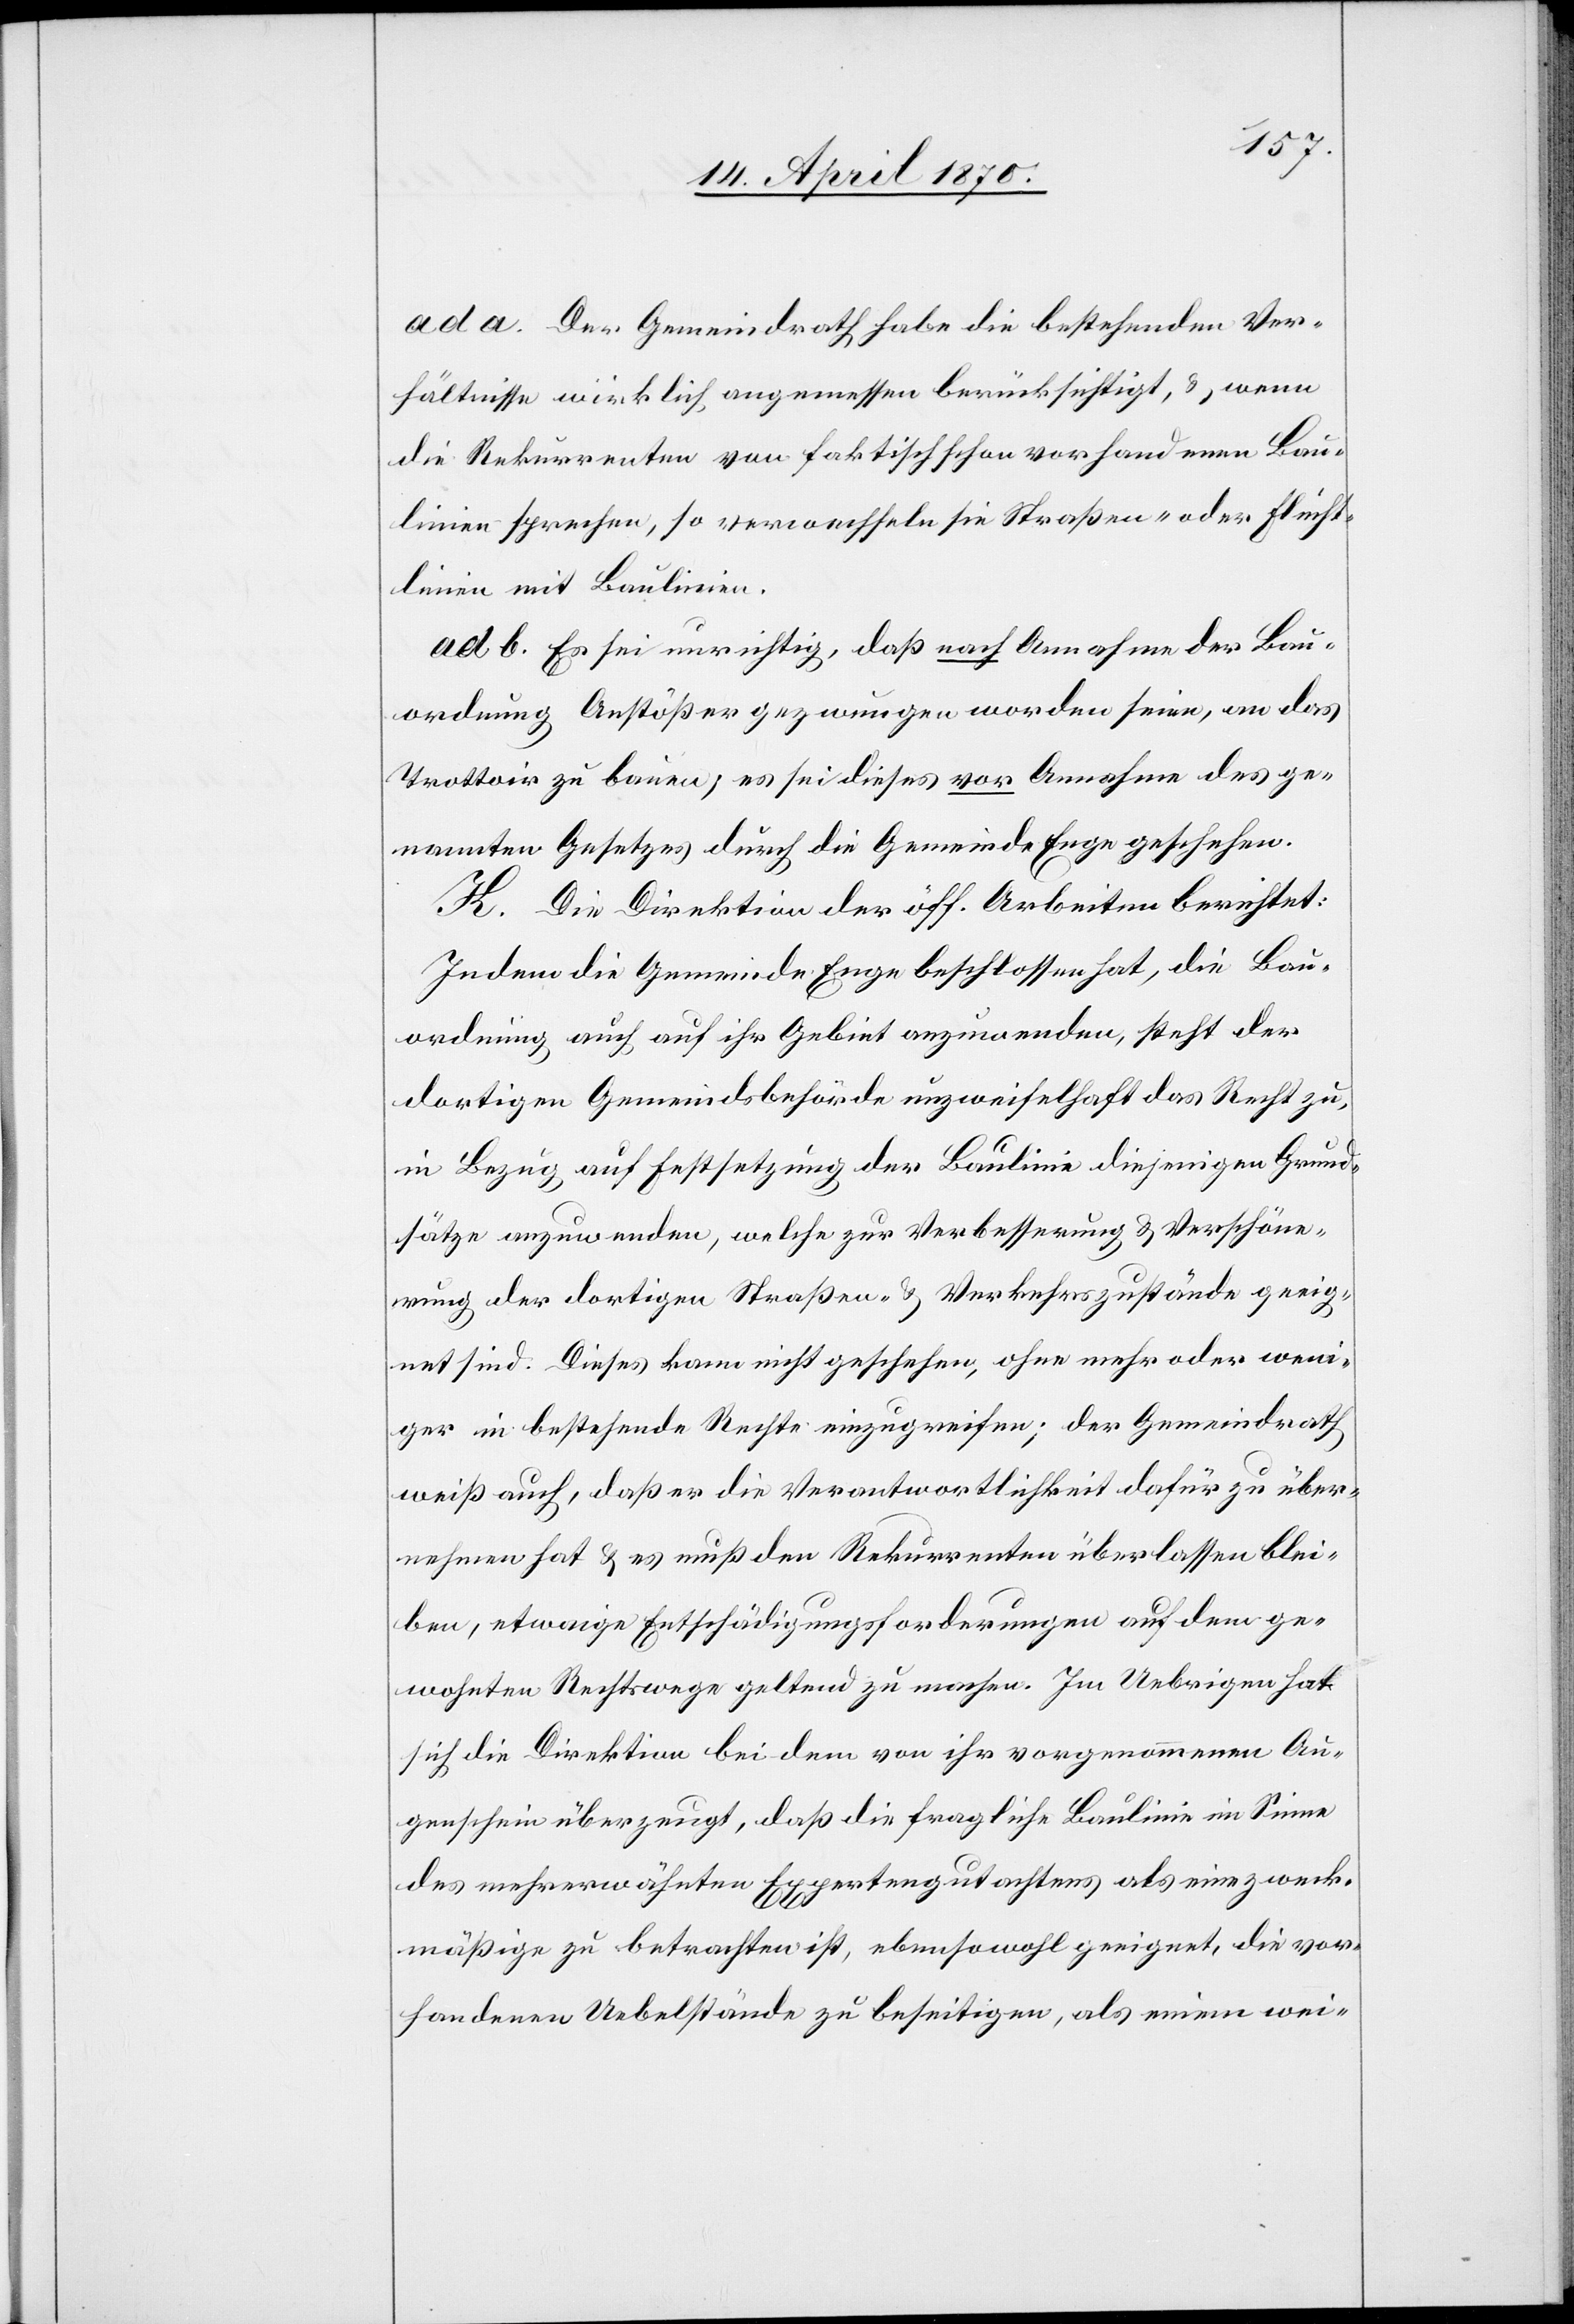
ad a. Der Gemeindrath habe die bestehenden Ver¬
hältnisse wirklich angemessen berücksichtigt, & wenn
die Rekurrenten von faktisch schon vorhandenen Bau¬
linien sprechen, so verwechseln sie Straßen- oder Flucht¬
linien mit Baulinien.
ad b. Es sei unrichtig, daß nach Annahme der Bau¬
ordnung Anstößer gezwungen worden seien, an das
Trottoir zu bauen, es sei dieses vor Annahme des ge¬
nannten Gesetzes durch die Gemeinde Enge geschehen.
K. Die Direktion der öff. Arbeiten berichtet:
Indem die Gemeinde Enge beschlossen hat, die Bau¬
ordnung auch auf ihr Gebiet anzuwenden, steht der
dortigen Gemeindsbehörde unzweifelhaft das Recht zu,
in Bezug auf Festsetzung der Baulinie diejenigen Grund¬
sätze anzuwenden, welche zur Verbesserung & Verschöne¬
rung der dortigen Straßen- & Verkehrszustände geeig¬
net sind. Dieses kann nicht geschehen, ohne mehr oder weni¬
ger in bestehende Rechte einzugreifen; der Gemeindrath
weiß auch, daß er die Verantwortlichkeit dafür zu über¬
nehmen hat & es muß den Rekurrenten überlassen blei¬
ben, etwaige Entschädigungsforderungen auf dem ge¬
wohnten Rechtswege geltend zu machen. Im Uebrigen hat
sich die Direktion bei dem von ihr vorgenommenen Au¬
genschein überzeugt, daß die fragliche Baulinie im Sinne
des mehrerwähnten Expertengutachtens als eine zweck¬
mäßige zu betrachten ist, ebensowohl geeignet, die vor¬
handenen Uebelstände zu beseitigen, als einem wei-